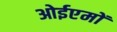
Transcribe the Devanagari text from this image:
ओईएमों